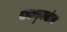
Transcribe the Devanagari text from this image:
पाककृत्यांचा